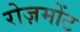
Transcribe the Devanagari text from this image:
रोज़मोंट